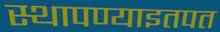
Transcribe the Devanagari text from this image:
स्थापण्याइतपत